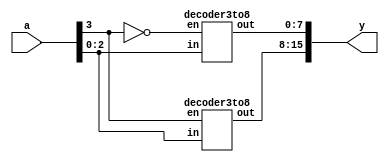
module decoder4to16(input [3:0] a, output [15:0] y);
	decoder3to8 de1 (a[2:0], a[3], y[15:8]);
	decoder3to8 de2 (a[2:0], ~a[3],y[7:0]);
endmodule
module decoder3to8(input [2:0] in, input en, output reg [7:0] out);
	
	always @(in, en) begin
		if(en)
			case (in)
				0: out = 8'b00000001;
				1: out = 8'b00000010;
				2: out = 8'b00000100;
				3: out = 8'b00001000;
				4: out = 8'b00010000;
				5: out = 8'b00100000;
				6: out = 8'b01000000;
				7: out = 8'b10000000;
				//default: 8'bxxxxxxxx;
			endcase
		else 
			out =8'b00000000;
	end
	
endmodule